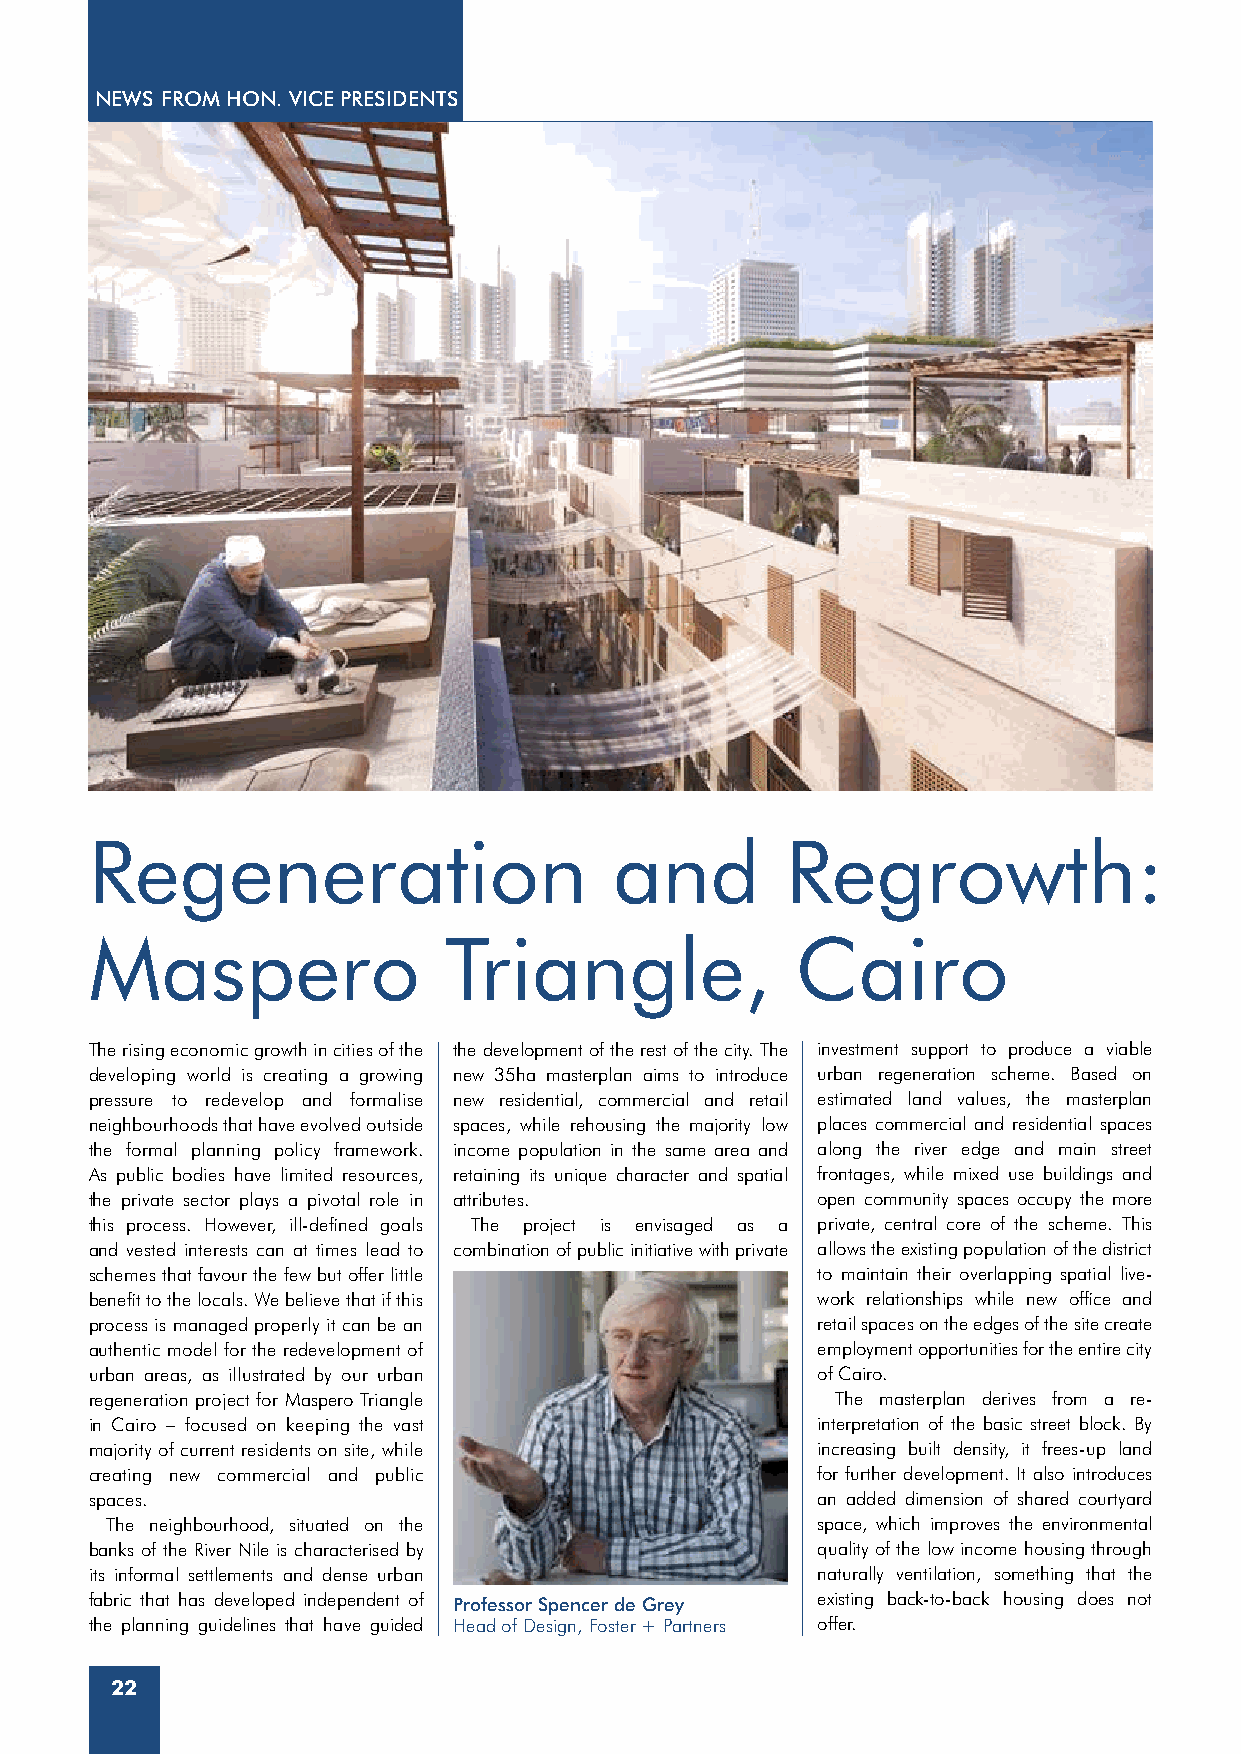
NEWS FROM HON. VICE PRESIDENTS
 Regeneration                       and        Regrowth:
 Maspero                Triangle,               Cairo
 The rising economic growth in cities of the the development of the rest of the city. The investment support to produce a viable
 developing world is creating a growing new 35ha masterplan aims to introduce urban regeneration scheme. Based on
 pressure to redevelop and formalise new residential, commercial and retail estimated land values, the masterplan
 neighbourhoods that have evolved outside spaces, while rehousing the majority low places commercial and residential spaces
 the formal planning policy framework. income population in the same area and along the river edge and main street
 As public bodies have limited resources, retaining its unique character and spatial frontages, while mixed use buildings and
 the private sector plays a pivotal role in attributes. open community spaces occupy the more
 this process. However, ill-defined goals The project is envisaged as a private, central core of the scheme. This
 and vested interests can at times lead to combination of public initiative with private allows the existing population of the district
 schemes that favour the few but offer little    to maintain their overlapping spatial live-
 benefit to the locals. We believe that if this  work relationships while new office and
 process is managed properly it can be an        retail spaces on the edges of the site create
 authentic model for the redevelopment of        employment opportunities for the entire city
 urban areas, as illustrated by our urban        of Cairo.
 regeneration project for Maspero Triangle        The masterplan derives from a re-
 in Cairo – focused on keeping the vast          interpretation of the basic street block. By
 majority of current residents on site, while    increasing built density, it frees-up land
 creating new commercial and public              for further development. It also introduces
 spaces.                                         an added dimension of shared courtyard
 The neighbourhood, situated on the             space, which improves the environmental
 banks of the River Nile is characterised by     quality of the low income housing through
 its informal settlements and dense urban        naturally ventilation, something that the
 fabric that has developed independent of Professor Spencer de Grey existing back-to-back housing does not
 the planning guidelines that have guided Head of Design, Foster + Partners offer.
 22